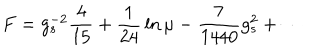
LaTeX: F = g _ { s } ^ { - 2 } { \frac { 4 } { 1 5 } } + { \frac { 1 } { 2 4 } } \ln \mu - { \frac { 7 } { 1 4 4 0 } } { g _ { s } ^ { 2 } } + \cdots